Report of the Indian Hemp Drugs Commission, 1894-1895 - Volume V
Year: 1894
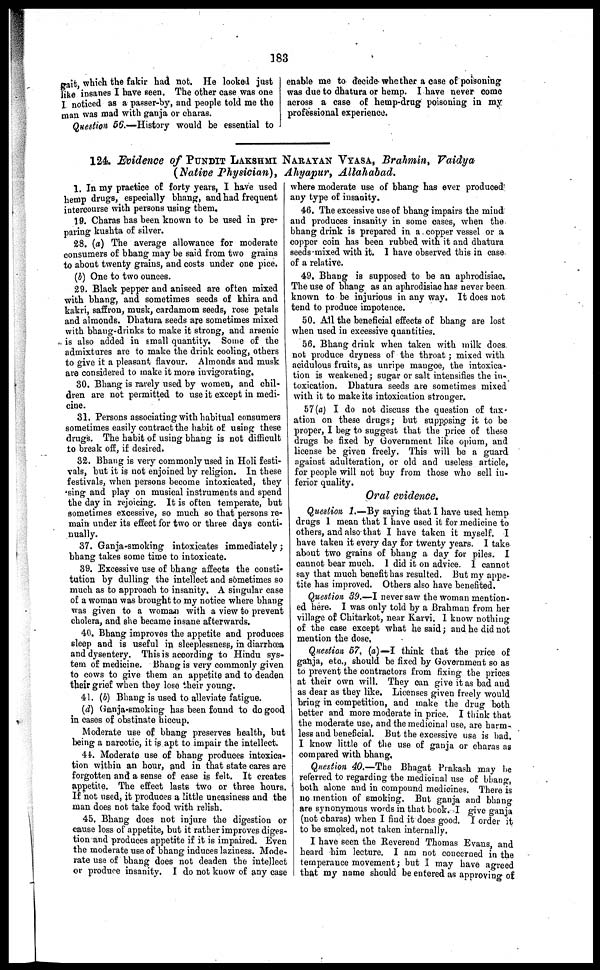
183
gait, which the fakir had not. He looked just
like insanes I have seen. The other case was one
I noticed as a passer-by, and people told me the
man was mad with ganja or charas.
Question 56.—History would be essential to
enable me to decide whether a case of poisoning
was due to dhatura or hemp. I have never come
across a case of hemp-drug poisoning in my
professional experience.
124. Evidence of PUNDIT LAKSHMI NARAYAN VYASA, Brahmin, Vaidya
(Native Physician), Ahyapur, Allahabad.
1. In my practice of forty years, I have used
hemp drugs, especially bhang, and had frequent
intercourse with persons using them.
19. Charas has been known to be used in pre-
paring kushta of silver.
28. (a) The average allowance for moderate
consumers of bhang may be said from two grains
to about twenty grains, and costs under one pice.
(b) One to two ounces.
29. Black pepper and aniseed are often mixed
with bhang, and sometimes seeds of khira and
kakri, saffron, musk, cardamom seeds, rose petals
and almonds. Dhatura seeds are sometimes mixed
with bhang-drinks to make it strong, and arsenic
is also added in Email quantity. Some of the
admixtures are to make the drink cooling, others
to give it a pleasant flavour. Almonds and musk
are considered to make it more invigorating.
30. Bhang is rarely used by women, and chil-
dren are not permitted to use it except in medi-
cine.
31. Persons associating with habitual consumers
sometimes easily contract the habit of using these
drugs. The habit of using bhang is not difficult
to break off, if desired.
32. Bhang is very commonly used in Holi festi-
vals, but it is not enjoined by religion. In these
festivals, when persons become intoxicated, they
sing and play on musical instruments and spend
the day in rejoicing. It is often temperate, but
sometimes excessive, so much so that persons re-
main under its effect for two or three days conti-
nually.
37. Ganja-smoking intoxicates immediately;
bhang takes some time to intoxicate.
39. Excessive use of bhang affects the consti-
tution by dulling the intellect and sometimes so
much as to approach to insanity. A singular case
of a woman was brought to my notice where bhang
was given to a woman with a view to prevent
cholera, and she became insane afterwards.
40. Bhang improves the appetite and produces
sleep and is useful in sleeplessness, in diarrhœa
and dysentery. This is according to Hindu sys-
tem of medicine. Bhang is very commonly given
to cows to give them an appetite and to deaden
their grief when they lose their young.
41. (b) Bhang is used to alleviate fatigue.
(d) Ganja-smoking has been found to do good
in cases of obstinate hiccup.
Moderate use of bhang preserves health, but
being a narcotic, it is apt to impair the intellect.
44. Moderate use of bhang produces intoxica-
tion within an hour, and in that state cares are
forgotten and a sense of ease is felt. It creates
appetite. The effect lasts two or three hours.
If not used, it produces a little uneasiness and the
man does not take food with relish.
45. Bhang does not injure the digestion or
cause loss of appetite, but it rather improves diges-
tion and produces appetite if it is impaired. Even
the moderate use of bhang induces laziness. Mode-
rate use of bhang does not deaden the intellect
or produce insanity. I do not know of any case
where moderate use of bhang has ever produced
any type of insanity.
46. The excessive use of bhang impairs the mind
and produces insanity in some cases, when the
bhang drink is prepared in a copper vessel or a
copper coin has been rubbed with it and dhatura
seeds mixed with it. I have observed this in case
of a relative.
49. Bhang is supposed to be an aphrodisiac.
The use of bhang as an aphrodisiac has never been
known to be injurious in any way. It does not
tend to produce impotence.
50. All the beneficial effects of bhang are lost
when used in excessive quantities.
56. Bhang drink when taken with milk does
not produce dryness of the throat ; mixed with
acidulous fruits, as unripe mangoe, the intoxica-
tion is weakened; sugar or salt intensifies the in-
toxication. Dhatura seeds are sometimes mixed
with it to make its intoxication stronger.
57(a) I do not discuss the question of tax-
ation on these drugs; but supposing it to be
proper, I beg to suggest that the price of these
drugs be fixed by Government like opium, and
license be given freely. This will be a guard
against adulteration, or old and useless article,
for people will not buy from those who sell in-
ferior quality.
Oral evidence.
Question 1.—By saying that I have used hemp
drugs I mean that I have used it for medicine to
others, and also that I have taken it myself. I
have taken it every day for twenty years. I take
about two grains of bhang a day for piles. I
cannot bear much. I did it on advice. I cannot
say that much benefit has resulted. But my appe-
tite has improved. Others also have benefited.
Question 39.—I never saw the woman mention-
ed here. I was only told by a Brahman from her
village of Chitarkot, near Karvi. I know nothing
of the case except what he said; and he did not
mention the dose,
Question 57, (a)—I think that the price of
ganja, etc., should be fixed by Government so as
to prevent the contractors from fixing the prices
at their own will. They can give it as bad and
as dear as they like. Licenses given freely would
bring in competition, and make the drug both
better and more moderate in price. I think that
the moderate use, and the medicinal use, are harm-
less and beneficial. But the excessive use is bad.
I know little of the use of ganja or charas as
compared with bhang.
Question 40.—The Bhagat Prakash may be
referred to regarding the medicinal use of bhang,
both alone and in compound medicines. There is
no mention of smoking. But ganja and bhang
are synonymous words in that book. I give ganja
(not charas) when I find it does good. I order it
to be smoked, not taken internally.
I have seen the Reverend Thomas Evans, and
heard him lecture. I am not concerned in the
temperance movement; but I may have agreed
that my name should be entered as approving of